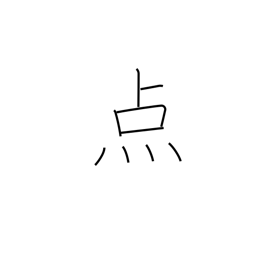
Meaning: spot